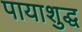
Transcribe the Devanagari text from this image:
पायाशुद्ध